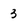
Character: 3